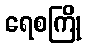
ရေစကြို